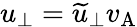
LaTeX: u_{\perp}=\widetilde{u}_{\perp}v_{\mathrm{A}}